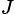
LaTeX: _J